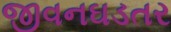
જીવનઘડતર